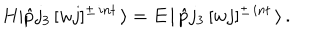
H | \hat { p } j _ { 3 } \, [ w j ] ^ { \pm \, i n t } \, \rangle = E \, | \, \hat { p } j _ { 3 } \, [ w j ] ^ { \pm \, i n t } \, \rangle \, .